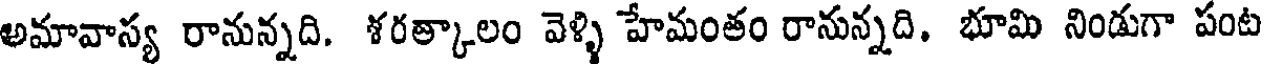
అమావాస్య రానున్నది. ళరత్కాలం వెళ్ళి హేమంతం రానున్నది. భూమి నిండుగా పంట